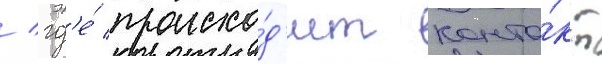
/ гд'е́ происхо́д'ит конта́кт